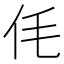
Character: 𠇔